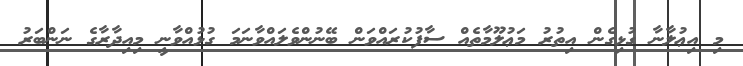
މި އިޢުލާނާ ގުޅިގެން އިތުރު މަޢުލޫމާތެއް ސާފުކުރައްވަން ބޭނުންވެލައްވާނަމަ ގުޅުއްވާނީ މިއިދާރާގެ ނަންބަރު